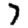
Digit: 7